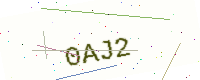
Text: 0AJ2